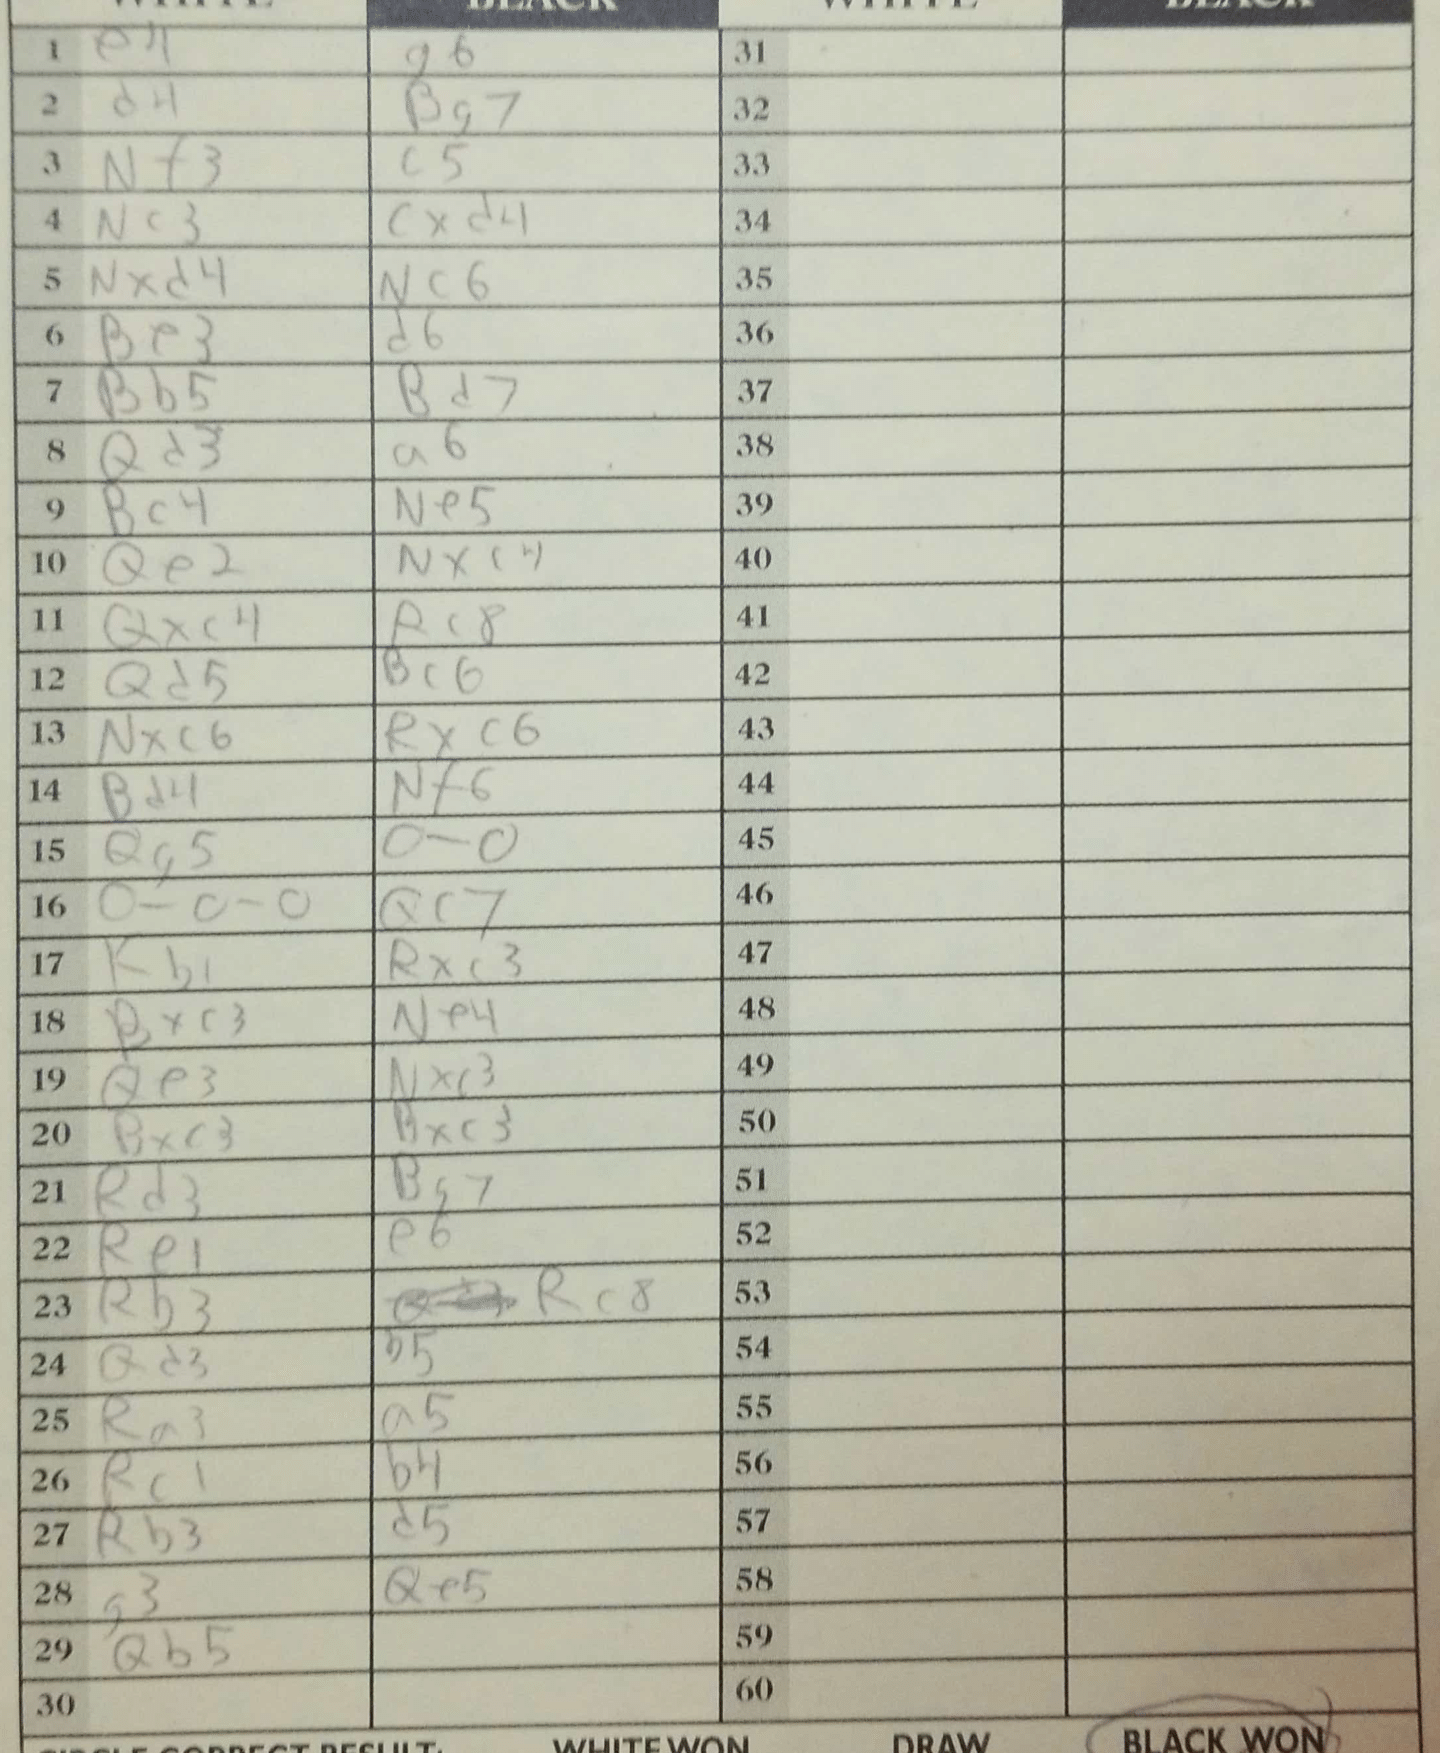
Moves: e4 g6 d4 Bg7 Nf3 c5 Nc3 cxd4 Nxd4 Nc6 Be3 d6 Bb5 Bd7 Qd3 a6 Bc4 Ne5 Qe2 Nxc4 Qxc4 Rc8 Qd5 Bc6 Nxc6 Rxc6 Bd4 Nf6 Qg5 O-O O-O-O Qc7 Kb1 Rxc3 Bxc3 Ne4 Qe3 Nxc3 bxc3 Bxc3 Rd3 Bg7 Re1 e6 Rb3 Rc8 Qd3 b5 Ra3 a5 Rc1 b4 Rb3 d5 g3 Qe5 Qb5